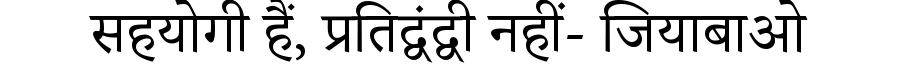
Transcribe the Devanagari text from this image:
सहयोगी हैं, प्रतिद्वंद्वी नहीं- जियाबाओ